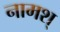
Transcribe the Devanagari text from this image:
नामश्